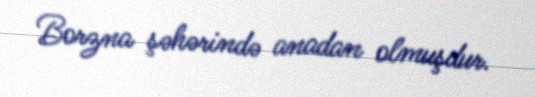
Borzna şəhərində anadan olmuşdur.